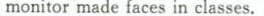
monitor made faces in classes.